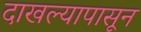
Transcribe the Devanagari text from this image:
दाखल्यापासून